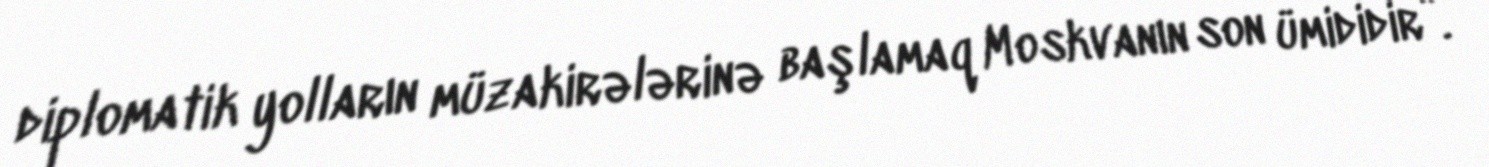
diplomatik yolların müzakirələrinə başlamaq Moskvanın son ümididir”.